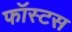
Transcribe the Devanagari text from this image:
फॉस्टस